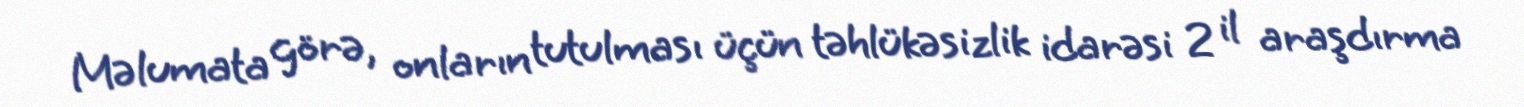
Məlumata görə, onların tutulması üçün təhlükəsizlik idarəsi 2 il araşdırma